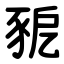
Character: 豟